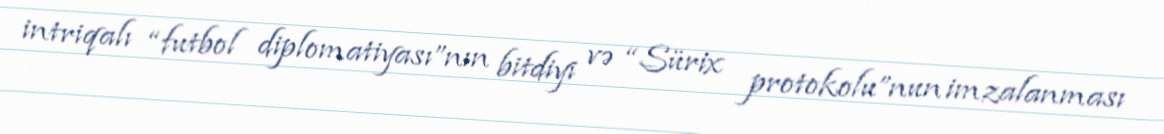
intriqalı “futbol diplomatiyası”nın bitdiyi və “Sürix protokolu”nun imzalanması